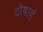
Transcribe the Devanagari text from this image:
दोषार्ह